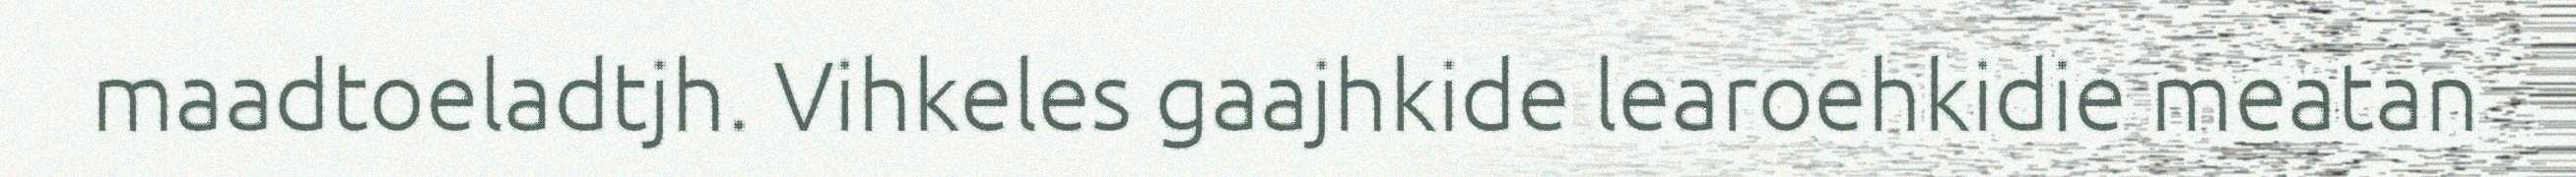
maadtoeladtjh. Vihkeles gaajhkide learoehkidie meatan